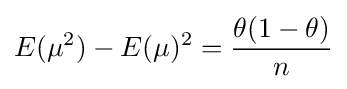
E(\mu ^{2})-E(\mu )^{2}={\frac {\theta (1-\theta )}{n}}